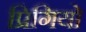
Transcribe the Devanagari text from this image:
प्रिगियो